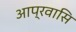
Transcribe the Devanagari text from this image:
आप्रवासि